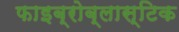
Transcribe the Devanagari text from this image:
फाइब्रोब्लास्टिक